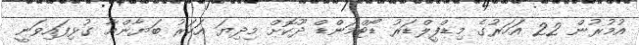
އުމުރުން 22 އަހަރުގެ މިޑްފީލްޑަރު ޑޯޓްމަންޑް ދޫކޮށް މިދިޔަ އަހަރު ބަޔާންއާ ގުޅިފައިވަނީ